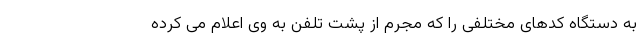
به دستگاه کدهای مختلفی را که مجرم از پشت تلفن به وی اعلام می کرده